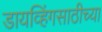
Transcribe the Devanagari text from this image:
डायव्हिंगसाठीच्या